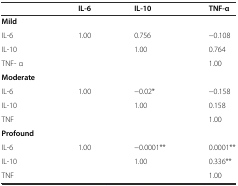
<table><thead><tr><td></td><td><b>IL-6</b></td><td><b>IL-10</b></td><td><b>TNF-α</b></td></tr></thead><tbody><tr><td><b>Mild</b></td><td></td><td></td><td></td></tr><tr><td>IL-6</td><td>1.00</td><td>0.756</td><td>-0.108</td></tr><tr><td>IL-10</td><td></td><td>1.00</td><td>0.764</td></tr><tr><td>TNF- α</td><td></td><td></td><td>1.00</td></tr><tr><td><b>Moderate</b></td><td></td><td></td><td></td></tr><tr><td>IL-6</td><td>1.00</td><td>-0.02*</td><td>-0.158</td></tr><tr><td>IL-10</td><td></td><td>1.00</td><td>0.158</td></tr><tr><td>TNF</td><td></td><td></td><td>1.00</td></tr><tr><td><b>Profound</b></td><td></td><td></td><td></td></tr><tr><td>IL-6</td><td>1.00</td><td>-0.0001**</td><td>0.0001**</td></tr><tr><td>IL-10</td><td></td><td>1.00</td><td>0.336**</td></tr><tr><td>TNF</td><td></td><td></td><td>1.00</td></tr></tbody></table>